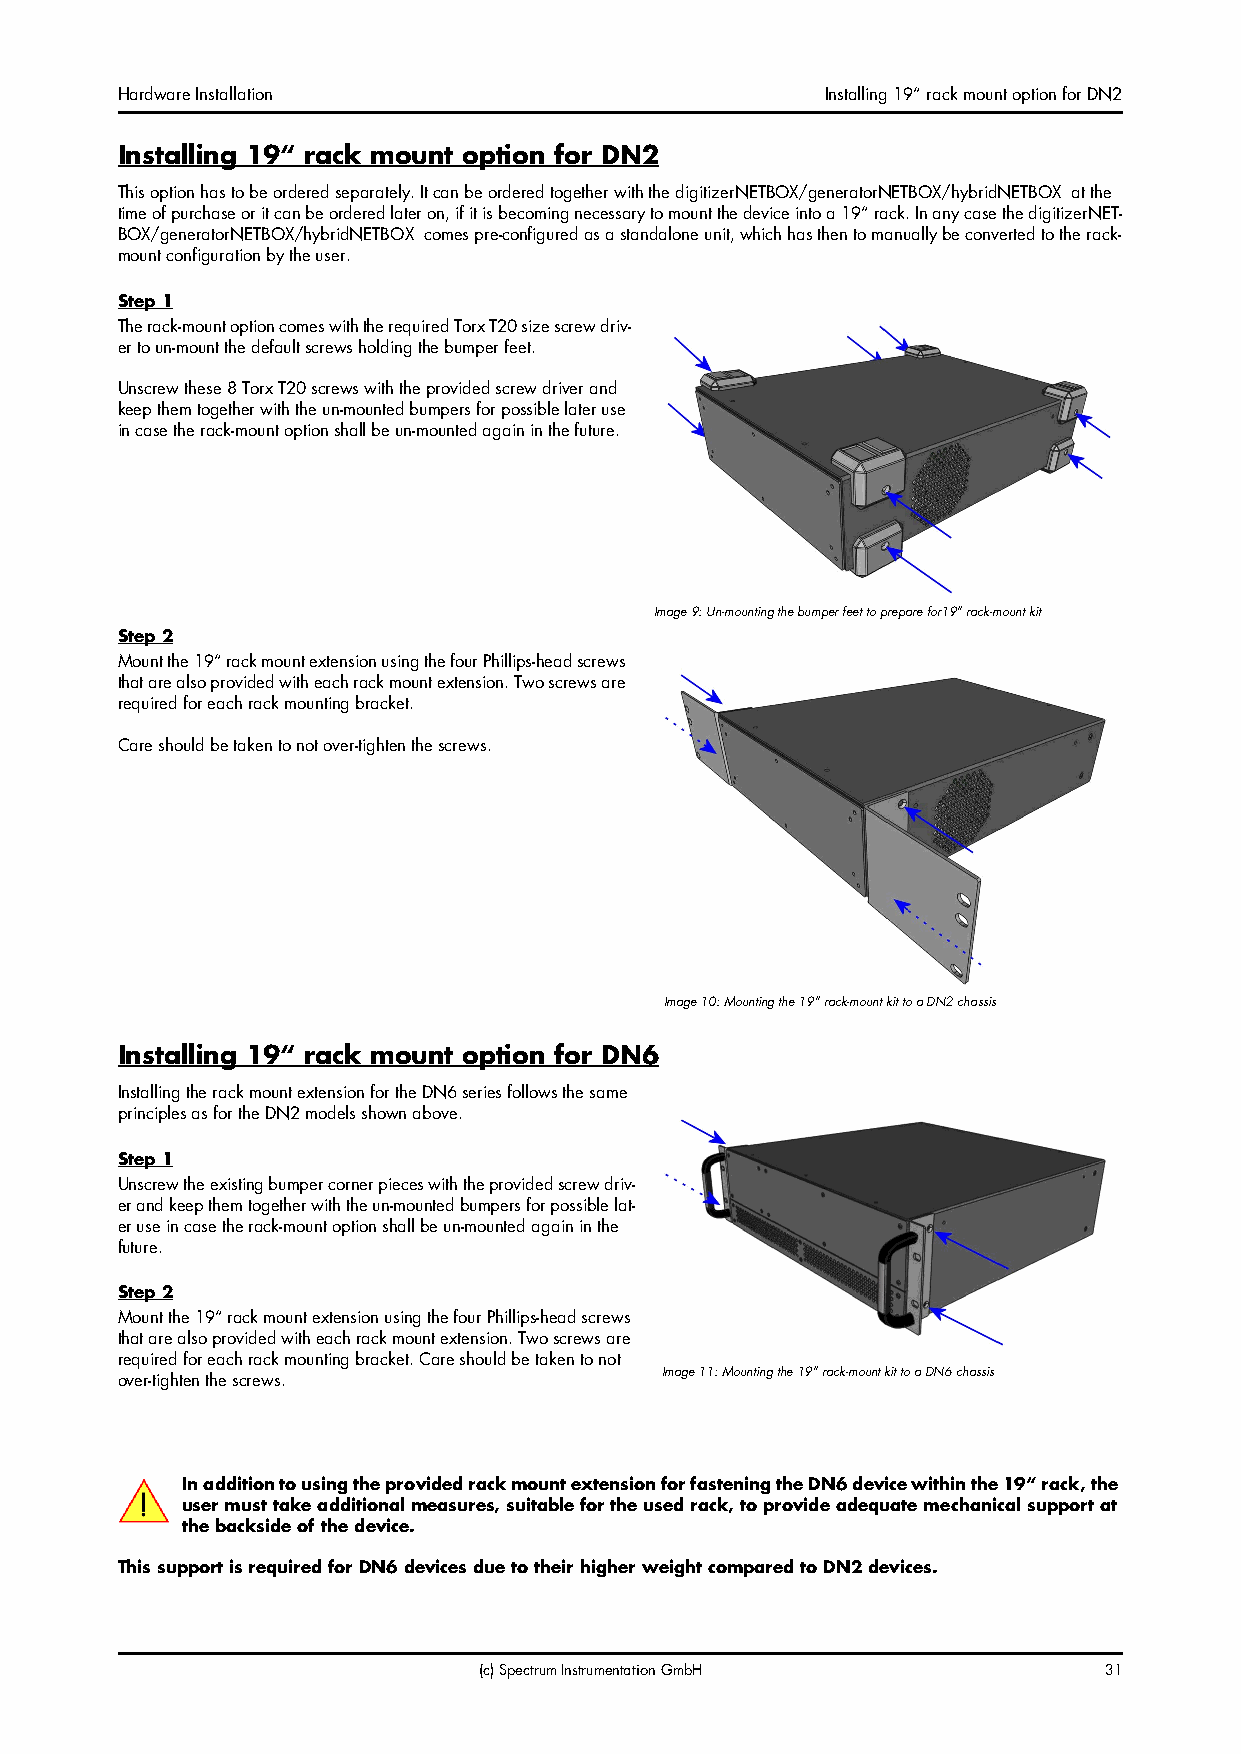
Hardware Installation                          Installing 19“ rack mount option for DN2
 Installing 19“ rack mount option for DN2
 This option has to be ordered separately. It can be ordered together with the digitizerNETBOX/generatorNETBOX/hybridNETBOX at the
 time of purchase or it can be ordered later on, if it is becoming necessary to mount the device into a 19“ rack. In any case the digitizerNET-
 BOX/generatorNETBOX/hybridNETBOX comes pre-configured as a standalone unit, which has then to manually be converted to the rack-
 mount configuration by the user.
 Step 1
 The rack-mount option comes with the required Torx T20 size screw driv-
 er to un-mount the default screws holding the bumper feet.
 Unscrew these 8 Torx T20 screws with the provided screw driver and
 keep them together with the un-mounted bumpers for possible later use
 in case the rack-mount option shall be un-mounted again in the future.
 Image 9: Un-mounting the bumper feet to prepare for19” rack-mount kit
 Step 2
 Mount the 19“ rack mount extension using the four Phillips-head screws
 that are also provided with each rack mount extension. Two screws are
 required for each rack mounting bracket.
 Care should be taken to not over-tighten the screws.
 Image 10: Mounting the 19” rack-mount kit to a DN2 chassis
 Installing 19“ rack mount option for DN6
 Installing the rack mount extension for the DN6 series follows the same
 principles as for the DN2 models shown above.
 Step 1
 Unscrew the existing bumper corner pieces with the provided screw driv-
 er and keep them together with the un-mounted bumpers for possible lat-
 er use in case the rack-mount option shall be un-mounted again in the
 future.
 Step 2
 Mount the 19“ rack mount extension using the four Phillips-head screws
 that are also provided with each rack mount extension. Two screws are
 required for each rack mounting bracket. Care should be taken to not
 Image 11: Mounting the 19” rack-mount kit to a DN6 chassis
 over-tighten the screws.
 In addition to using the provided rack mount extension for fastening the DN6 device within the 19“ rack, the
 user must take additional measures, suitable for the used rack, to provide adequate mechanical support at
 the backside of the device.
 This support is required for DN6 devices due to their higher weight compared to DN2 devices.
 (c) Spectrum Instrumentation GmbH        31